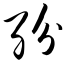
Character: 纷